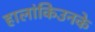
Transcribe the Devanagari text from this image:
हालांकिउनके